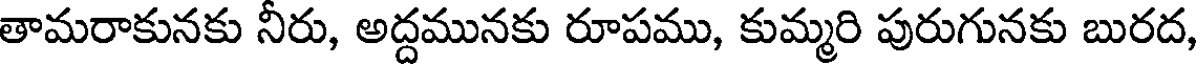
తామరాకునకు నీరు, అద్దమునకు రూపము, కుమ్మరి పురుగునకు బురద,